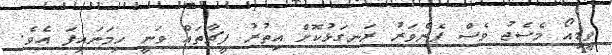
ވީޑިއޯ މެސެޖު ވެސް ފެންވަރު ރަނގަޅުކޮށް އިތުރު ފީޗާތައް ވަނީ ހިމަނައިފަ އެވެ.